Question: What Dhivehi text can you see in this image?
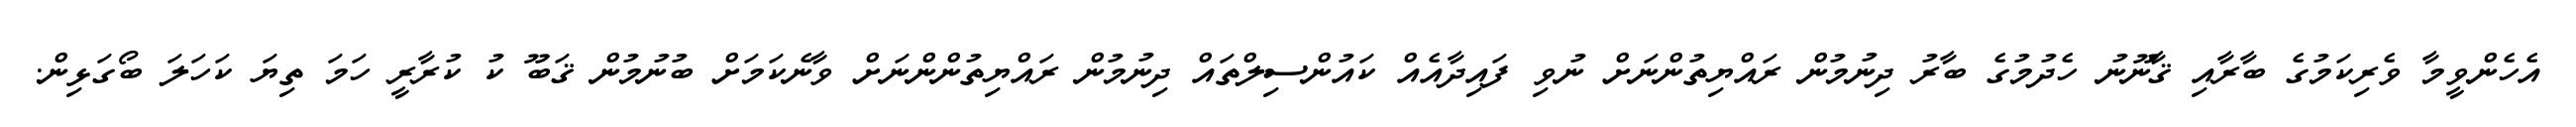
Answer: އެހެންވީމާ ވެރިކަމުގެ ބާރާއި ޤާނޫނު ހެދުމުގެ ބާރު ދިނުމުން ރައްޔިތުންނަށް ނުވި ފައިދާއެއް ކައުންސިލްތައް ދިނުމުން ރައްޔިތުންންނަށް ވާނެކަމަށް ބުނުމުން ޤަބޫ ކު ކުރާރީ ހަމަ ތިޔަ ކަހަލަ ބޯގަޅިން.